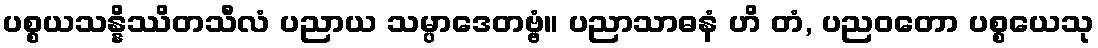
ပစ္စယသန္နိဿိတသီလံ ပညာယ သမ္ပာဒေတဗ္ဗံ။ ပညာသာဓနံ ဟိ တံ, ပညဝတော ပစ္စယေသု